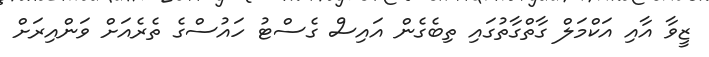
ޒީވާ އާއި އަކްމަލް ގާތްގާތުގައި ތިބެގެން އައިސް ގެސްޓު ހައުސްގެ ތެރެއަށް ވަންއިރަށް